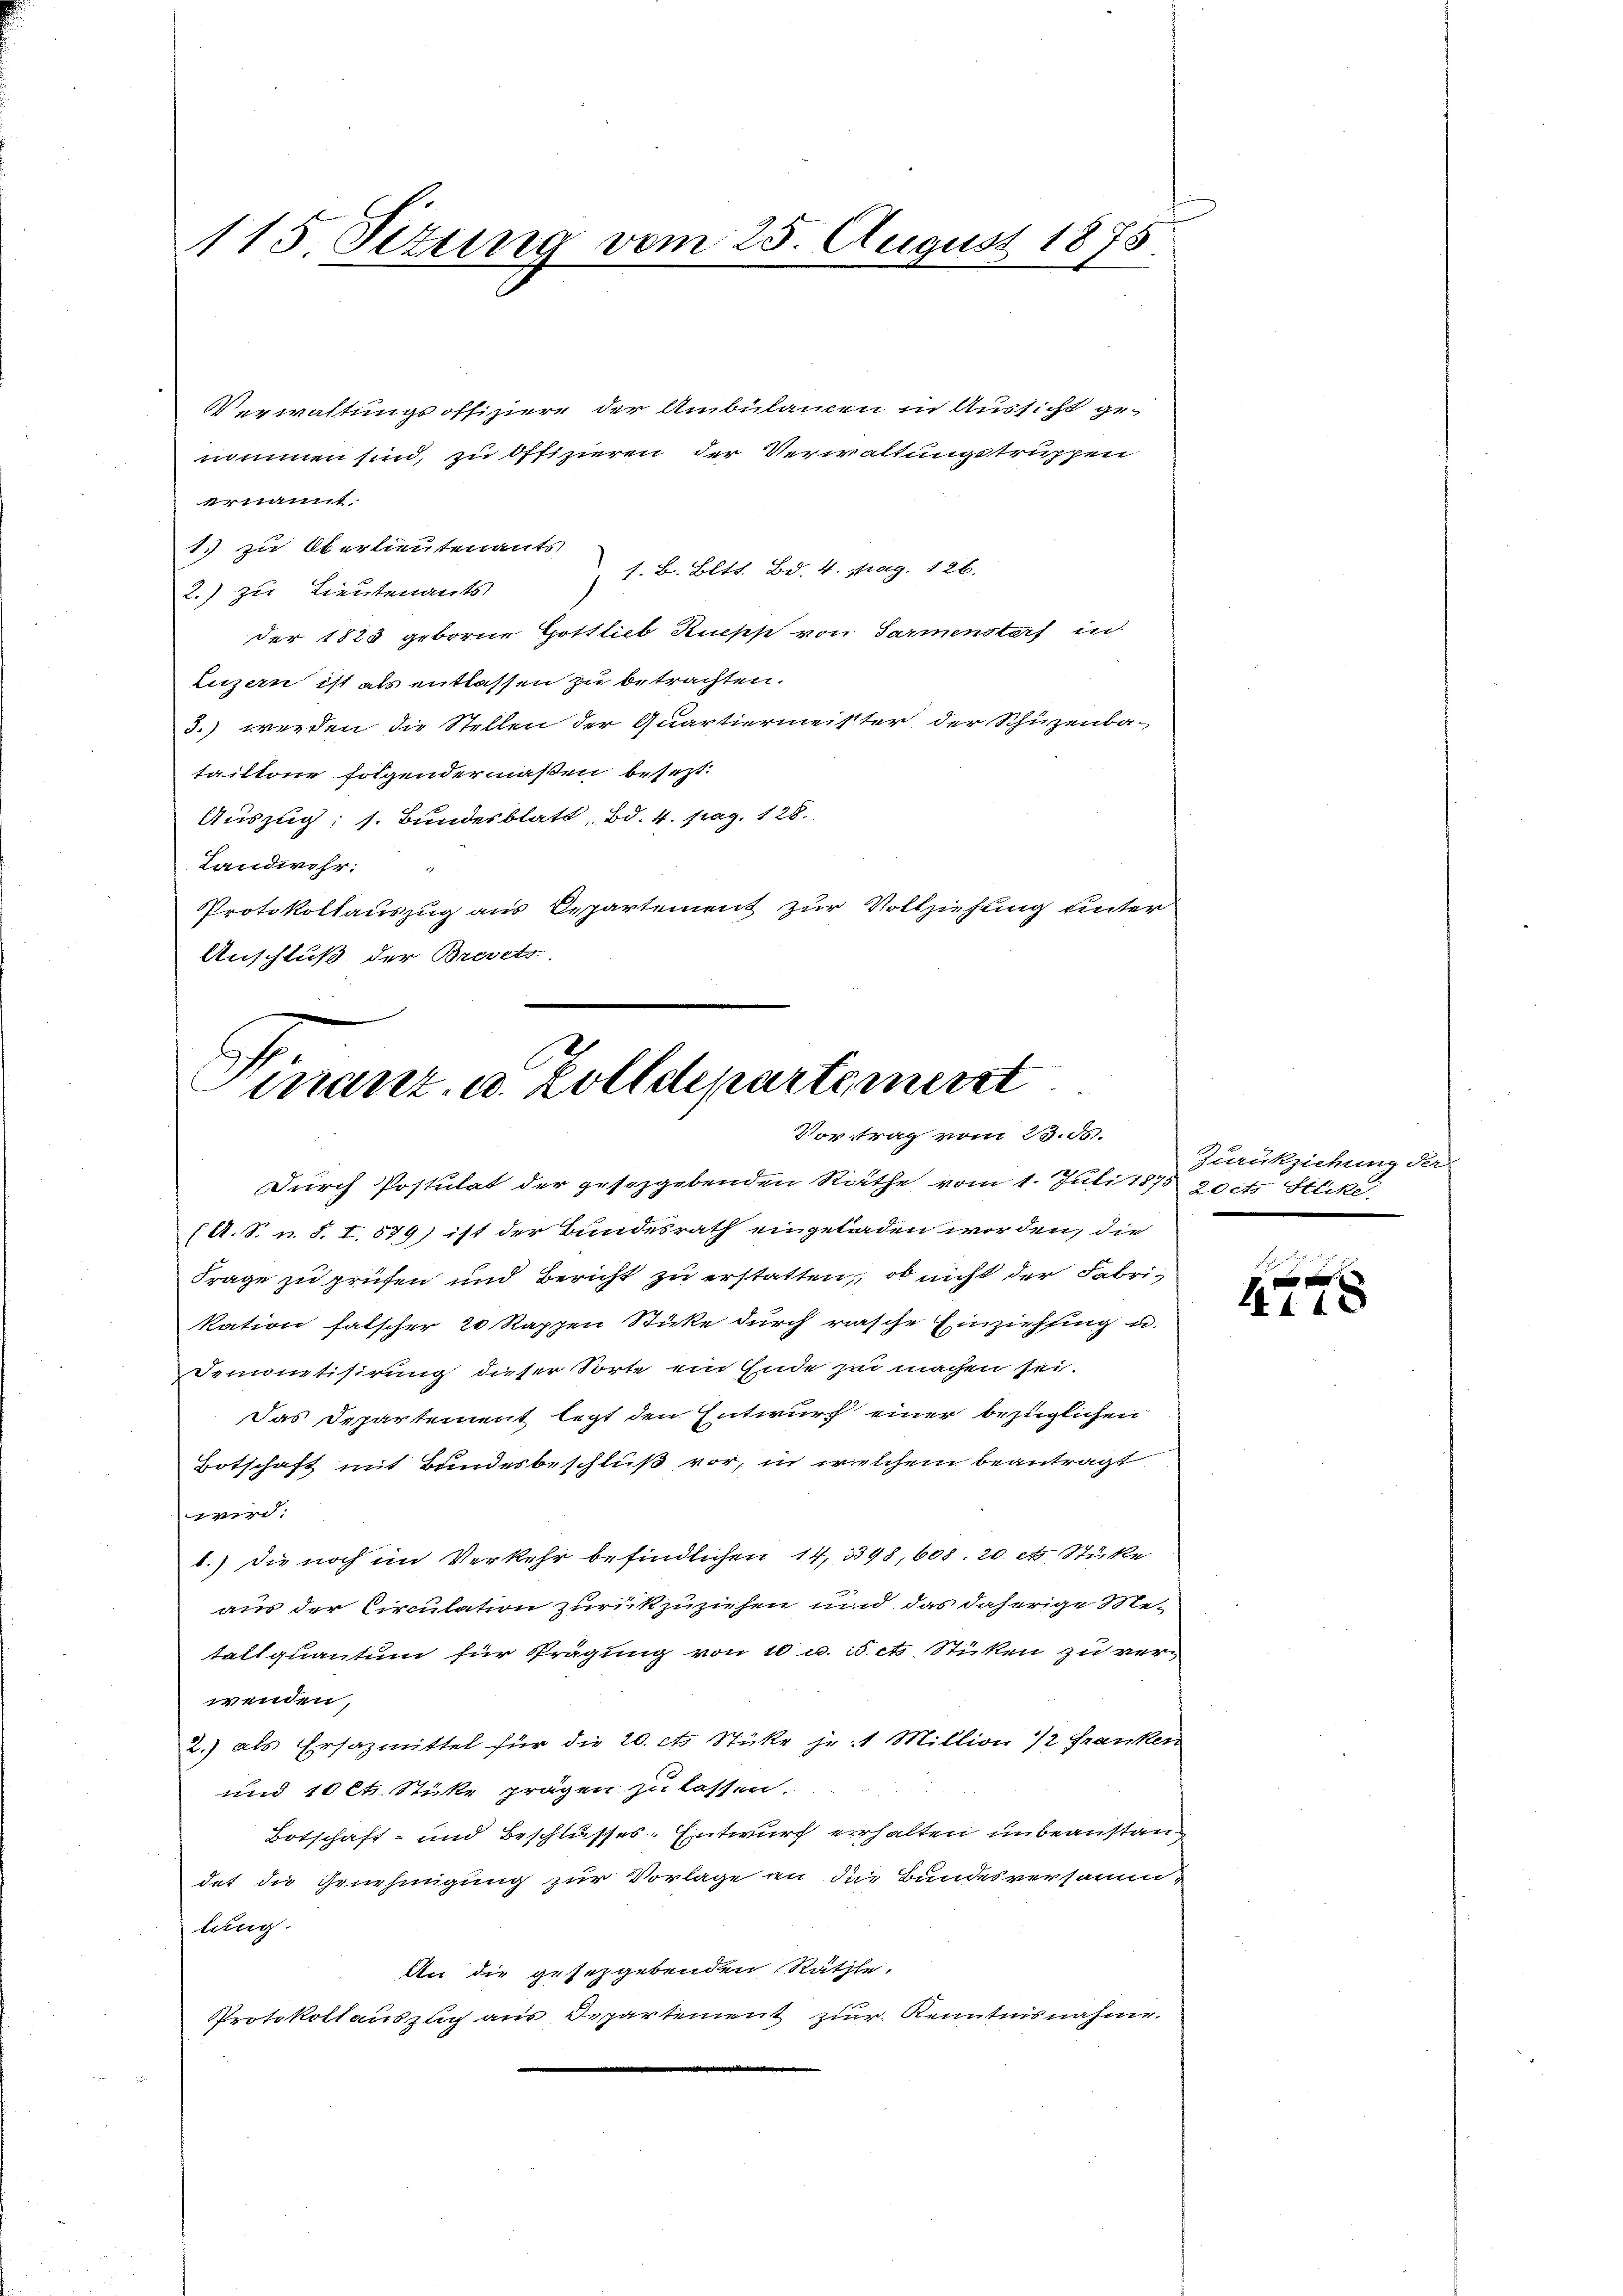
115. Setung vom 25. August 1875.

Verwaltungsoffiziere der Ambülamen in Aussicht genommen sind, zu Offizieren der Verwaltungstruppen
ernannt.
1. zu Oberlieutenants
1. B. Bitts. Bd. 4. pag. 126.
2.) zur Lieutenants
der 1825 geborne Gottlieb Ruchs von Sarmenstaf in
Luzern ist als entlassen zu betrachten.
3.) werden die Stellen der Quartiermeister der Schüzenba-
tailtone folgendermaßen besezt.
Auszug; s. Bundesblatt, Bd. 4. pag. 128.
Landwehr.
r
Protokollauszug aus Departement zur Vollziehung unter
Anschluß der Brevets

Finanz, u. Zolldepartement
Vortrag vom 23. d.

Durch Postulat der gesetzgebenden Rathe vom 1. Juli 1875 zoit. Sticke
(A.S. u. S. I. 579) ist der Bundesrath eingeladen worden, die
Frage zu prüfen und Bericht zu erstatten, ob nicht der Fabrikation falscher 20 Rappen Stücke durch rasche Einziehung u.
Demonetisirung dieser Sorte ein Ende zu machen sei.
Das Departement legt den Entwurf einer bezüglichen
Botschaft mit Bundesbeschluß vor, in welchem beantragt
wird.
b.) die noch im Verkehr befindlichen 14, 1398, 608. 20. et Stüke
aus der Circulation zurückzuziehen und das daherige Me-
tattquantum für Prägung von 10 u. i. etc. Stücken zu verwenden,
2.) als Ersazmittel für die 20 cts Stücke je 1 Million 1/2 Franken
und 10 lt. Stüke prägen zu lassen.
Botschaft- und Beschlusses-Entwurf erhalten unbeanstandet die Genehmigung zur Vorlage an die Bundesversammlung.
An die gesetzgebenden Räthe.
Protokollauszug aus Departement zur Kenntnisnahme.

Zurückziehung der

e
140